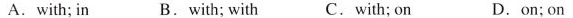
A.with; in B.with; with C. with; on D. on; on